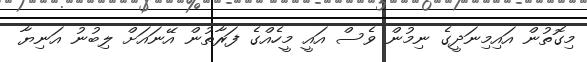
މިގޮތުން އައިމިނަދީގެ ނިމުން ވެސް އައީ މީހެއްގެ ފަރާތުން އޭނައަށް ލިބުނު އަނިޔާ